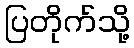
ပြတိုက်သို့